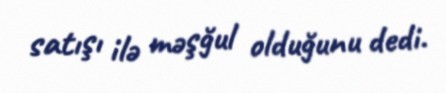
satışı ilə məşğul olduğunu dedi.